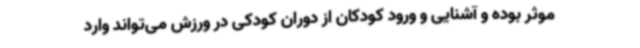
موثر بوده و آشنایی و ورود کودکان از دوران کودکی در ورزش می‌تواند وارد